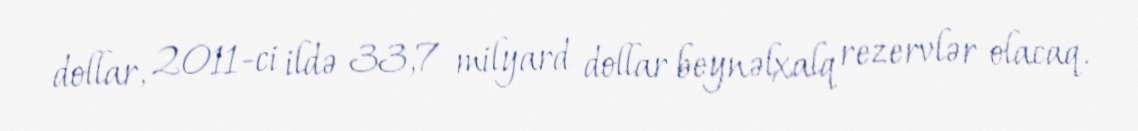
dollar, 2011-ci ildə 33,7 milyard dollar beynəlxalq rezervlər olacaq.